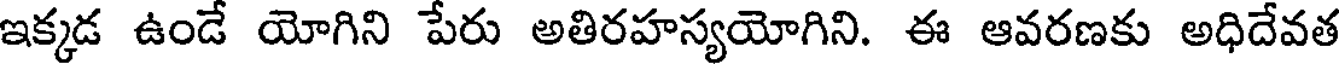
ఇక్కడ ఉండే యోగిని పేరు అతిరహస్యయోగిని. ఈ ఆవరణకు అధిదేవత